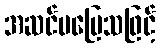
အဆင်မပြေသဖြင့်